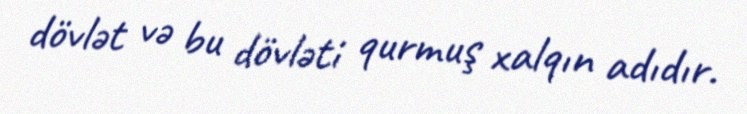
dövlət və bu dövləti qurmuş xalqın adıdır.